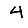
Digit: 4